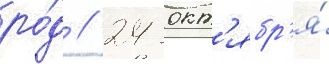
ро́д // 24 окт'ябр'я́